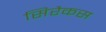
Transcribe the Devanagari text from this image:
सिरैकस